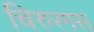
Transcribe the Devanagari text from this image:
चिरुरगस